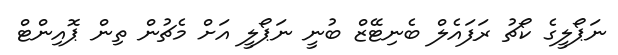
ނަޕޯލީގެ ކޯޗު ރަފައެލް ބެނިޓޭޒް ބުނީ ނަޕޯލީ އަށް މެޗުން ތިން ޕޮއިންޓް